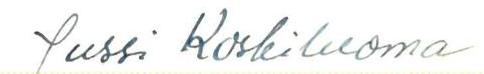
Jussi Koskiluoma